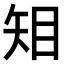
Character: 𥎶